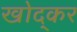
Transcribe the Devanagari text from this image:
खोद्कर